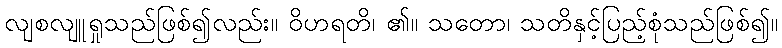
လျစလျူရှုသည်ဖြစ်၍လည်း။ ဝိဟရတိ၊ ၏။ သတော၊ သတိနှင့်ပြည့်စုံသည်ဖြစ်၍။